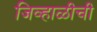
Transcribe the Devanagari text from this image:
जिव्हाळीची